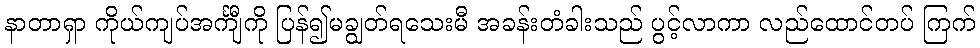
နာတာရှာ ကိုယ်ကျပ်အင်္ကျီကို ပြန်၍မချွတ်ရသေးမီ အခန်းတံခါးသည် ပွင့်လာကာ လည်ထောင်တပ် ကြက်